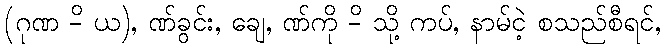
(ဂုဏ -ိ ယ), ဏ်ခွင်း, ချေ, ဏ်ကို -ိ သို့ ကပ်, နာမ်ငဲ့ စသည်စီရင်,